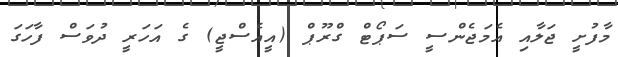
މާފުށީ ޖަލާއި އެމަޖެންސީ ސަޕޯޓް ގްރޫޕް (އީއެސްޖީ) ގެ އަހަރީ ދުވަސް ފާހަގަ